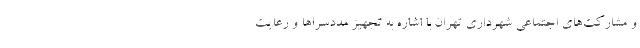
و مشارکت‌های اجتماعی شهرداری تهران با اشاره به تجهیز مددسراها و رعایت